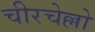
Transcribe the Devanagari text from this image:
चीरचेल्लो